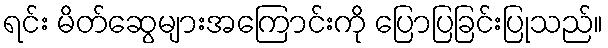
ရင်း မိတ်ဆွေများအကြောင်းကို ပြောပြခြင်းပြုသည်။